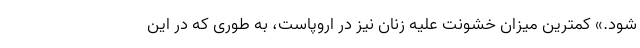
شود.» کمترین میزان خشونت علیه زنان نیز در اروپاست، به طوری که در این